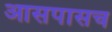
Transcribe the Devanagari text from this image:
आसपासच